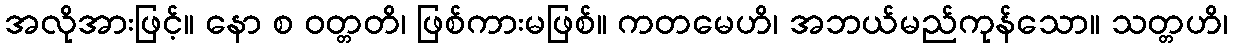
အလိုအားဖြင့်။ နော စ ဝတ္တတိ၊ ဖြစ်ကားမဖြစ်။ ကတမေဟိ၊ အဘယ်မည်ကုန်သော။ သတ္တဟိ၊